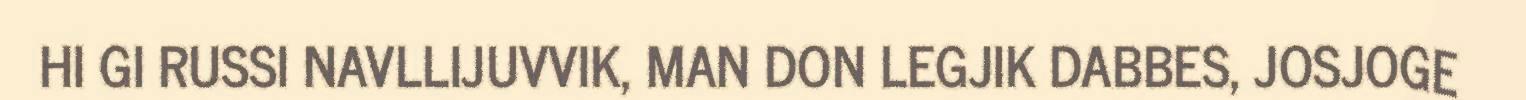
HI GI RUSSI NAVLLIJUVVIK, MAN DON LEGJIK DABBES, JOSJOGE